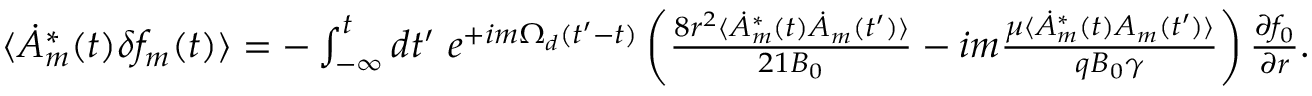
\begin{array} { r } { \langle \dot { A } _ { m } ^ { * } ( t ) \delta f _ { m } ( t ) \rangle = - \int _ { - \infty } ^ { t } d t ^ { \prime } \ e ^ { + i m \Omega _ { d } ( t ^ { \prime } - t ) } \left( \frac { 8 r ^ { 2 } \langle \dot { A } _ { m } ^ { * } ( t ) \dot { A } _ { m } ( t ^ { \prime } ) \rangle } { 2 1 B _ { 0 } } - i m \frac { \mu \langle \dot { A } _ { m } ^ { * } ( t ) A _ { m } ( t ^ { \prime } ) \rangle } { q B _ { 0 } \gamma } \right) \frac { \partial f _ { 0 } } { \partial r } . } \end{array}